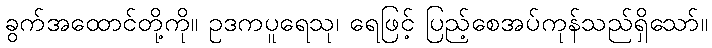
ခွက်အထောင်တို့ကို။ ဥဒကပူရေသု၊ ရေဖြင့် ပြည့်စေအပ်ကုန်သည်ရှိသော်။